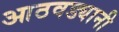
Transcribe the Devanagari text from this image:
आठवड्यानी